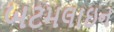
બટમલાઇન